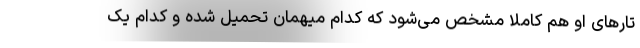
تارهای او هم کاملا مشخص می‌شود که کدام میهمان تحمیل شده و کدام یک